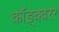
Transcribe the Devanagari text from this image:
कॉङ्क्वरर